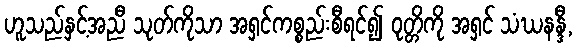
ဟူသည်နှင့်အညီ သုတ်ကိုသာ အရှင်ကစ္စည်းစီရင်၍ ဝုတ္တိကို အရှင် သံဃနန္ဒီ,